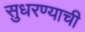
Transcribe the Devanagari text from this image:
सुधरण्याची